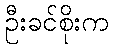
ဦးခင်စိုးက